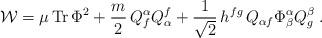
LaTeX: \begin{align*}{\cal{W}}= \mu \,{\rm Tr} \,\Phi^2 + \frac{m}{2} \,Q_{ f}^\alpha Q^{f}_\alpha +\frac{1}{\sqrt{2}}\,h^{fg} \,Q_{\alpha f}\Phi^\alpha_\beta Q^\beta_g\;.\end{align*}